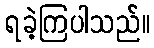
ရခဲ့ကြပါသည်။